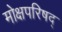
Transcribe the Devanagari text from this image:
मोक्षपरिषद्